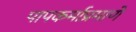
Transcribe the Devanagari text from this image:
पापकर्माप्रमाणे